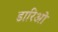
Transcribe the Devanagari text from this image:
डारिओ